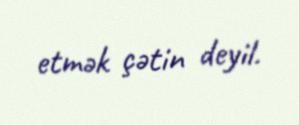
etmək çətin deyil.